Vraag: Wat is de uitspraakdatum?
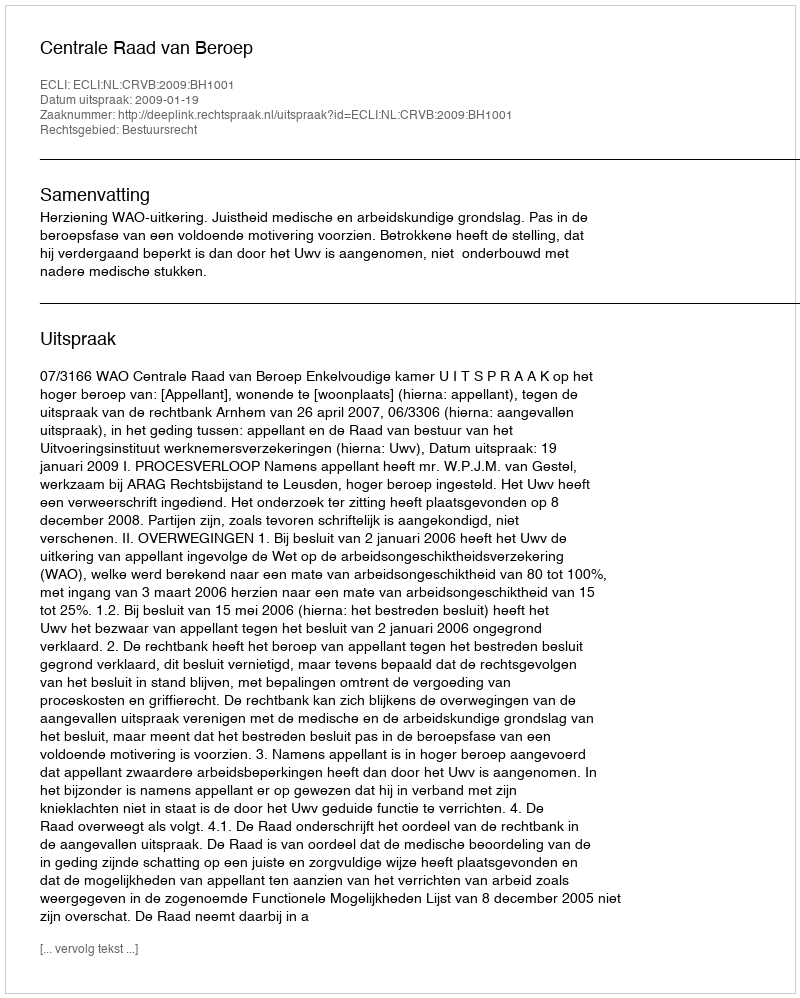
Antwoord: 2009-01-19